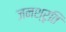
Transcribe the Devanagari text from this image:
जनश्रृति